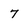
Character: 7